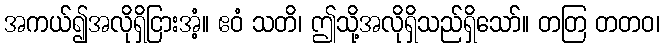
အကယ်၍အလိုရှိငြားအံ့။ ဧဝံ သတိ၊ ဤသို့အလိုရှိသည်ရှိသော်။ တတြ တတဝ၊